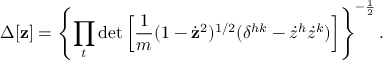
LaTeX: \Delta [ { \bf z } ] = \left\{ \prod _ { t } \operatorname * { d e t } \left[ { \frac { 1 } { m } } ( 1 - \dot { \bf z } ^ { 2 } ) ^ { 1 / 2 } ( \delta ^ { h k } - { \dot { z } } ^ { h } { \dot { z } } ^ { k } ) \right] \right\} ^ { - \frac { 1 } { 2 } } .